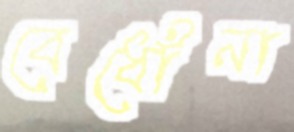
বেধোঁনা